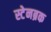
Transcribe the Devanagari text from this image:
स्टेनब्रक